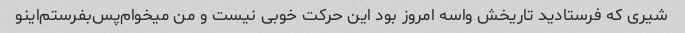
شیری که فرستادید تاریخش‌ واسه امروز بود ‌این حرکت خوبی نیست و من میخوام‌پس‌بفرستم‌اینو